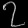
Digit: ၇